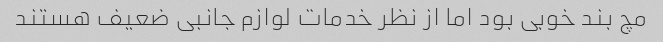
مچ بند خوبی بود اما از نظر خدمات لوازم جانبی ضعیف هستند